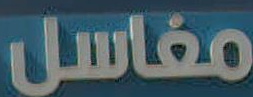
مغاسل